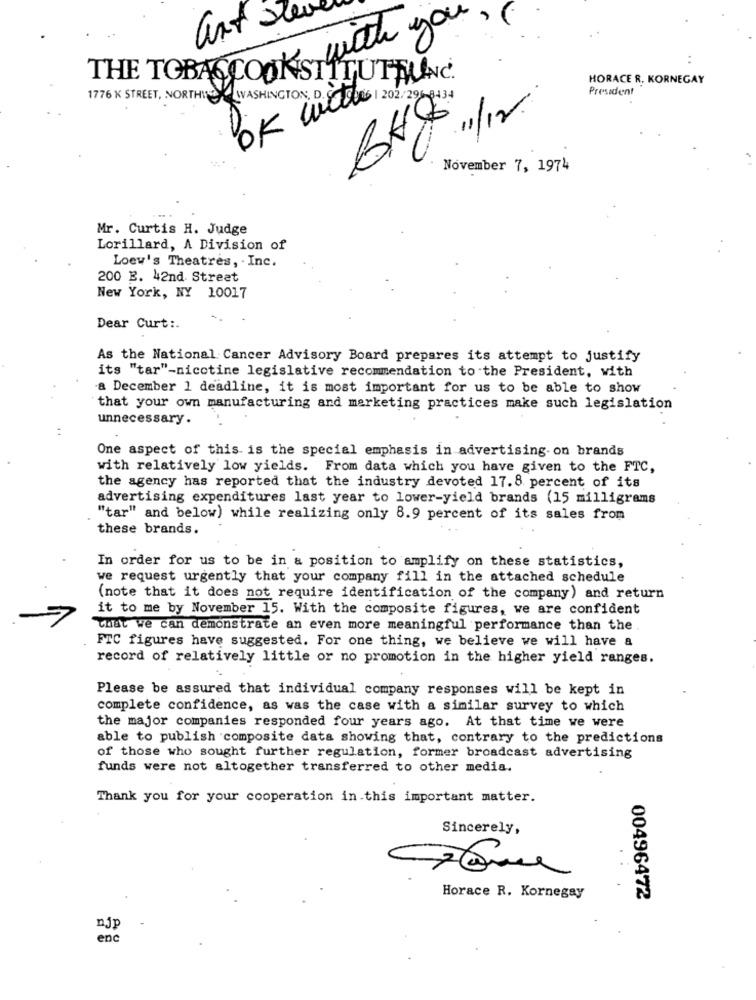
art
with
THE TOBACCOOKSTITUTHANC.
HORACE R. KORNEGAY
President
1776 K STREET, NORTHITE
WASHINGTON, D.
OK Cuales 202/29/08:34
BHFilm
November 7, 1974
Mr. Curtis H. Judge
Lorillard, A Division of
Loew's Theatres, . Inc.
200 E. 42nd Street
New York, NY 10017
Dear Curt :.
As the National Cancer Advisory Board prepares its attempt to justify
its "tar"-nicotine legislative recommendation to the President, with
a December 1 deadline, it is most important for us to be able to show
that your own manufacturing and marketing practices make such legislation
unnecessary.
One aspect of this is the special emphasis in advertising-on brands
with relatively low yields. From data which you have given to the FTC,
the agency has reported that the industry devoted 17.8 percent of its
advertising expenditures last year to lower-yield brands (15 milligrams
"tar" and below) while realizing only 8.9 percent of its sales from
these brands.
In order for us to be in a position to amplify on these statistics,
we request urgently that your company fill in the attached schedule
(note that it does not require identification of the company) and return
it to me by November 15. With the composite figures, we are confident
That we can demonstrate an even more meaningful performance than the
FTC figures have suggested. For one thing, we believe we will have a
record of relatively little or no promotion in the higher yield ranges.
Please be assured that individual company responses will be kept in
complete confidence, as was the case with a similar survey to which
the major companies responded four years ago. At that time we were
able to publish composite data showing that, contrary to the predictions
of those who sought further regulation, former broadcast advertising
funds were not altogether transferred to other media.
Thank you for your cooperation in this important matter.
Sincerely,
Horace R. Kornegay
00496472
enc